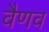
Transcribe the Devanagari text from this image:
वैणव